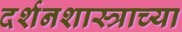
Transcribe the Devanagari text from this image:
दर्शनशास्त्राच्या